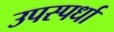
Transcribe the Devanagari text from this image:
उपस्पर्धा